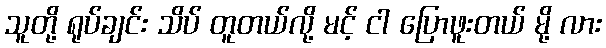
သူတို့ ရုပ်ချင်း သိပ် တူတယ်လို့ မင့် ငါ ပြောဖူးတယ် မို့ လား